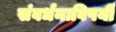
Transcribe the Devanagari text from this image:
संवर्धनाविषयी